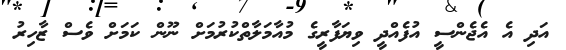
އަދި އެ އެޖެންސީ އުފެއްދީ ވިޔަފާރީގެ މުއާމަލާތްކުރުމަށް ނޫން ކަމަށް ވެސް ޒާހިރު